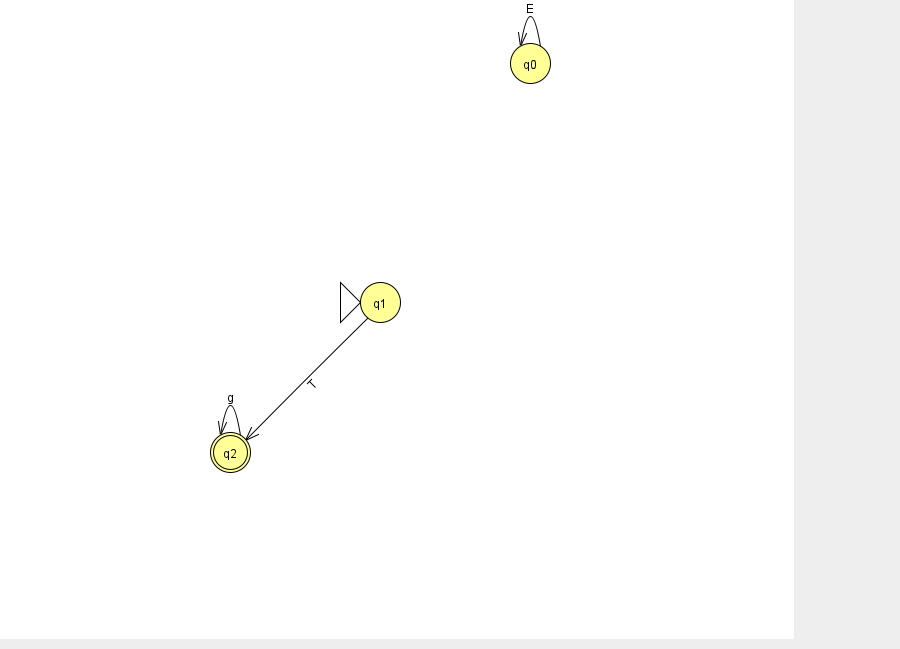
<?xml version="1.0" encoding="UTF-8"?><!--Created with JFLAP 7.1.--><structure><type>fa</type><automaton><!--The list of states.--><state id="0" name="q0"><x>530.0</x><y>50.0</y></state><state id="1" name="q1"><x>380.0</x><y>289.0</y><initial/></state><state id="2" name="q2"><x>230.0</x><y>439.0</y><final/></state><!--The list of transitions.--><transition><from>0</from><to>0</to><read>E</read></transition><transition><from>1</from><to>2</to><read>T</read></transition><transition><from>2</from><to>2</to><read>g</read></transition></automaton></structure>